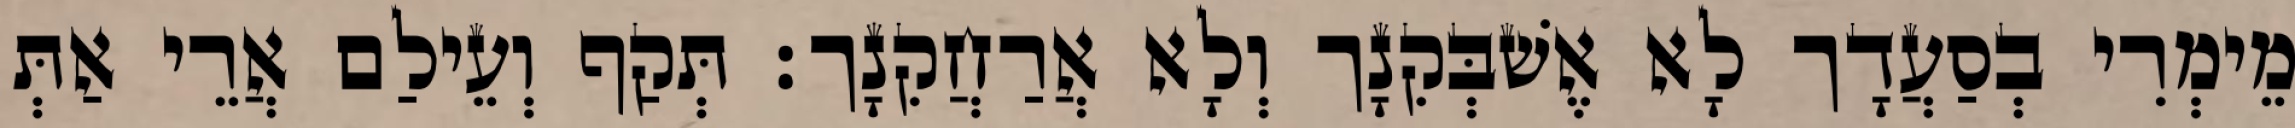
מֵימְרִי בְסַעֲדָך לָא אֶשׁבְּקִנָך וְלָא אֲרַחֲקִנָך׃ תְּקַף וְעֵילַם אֲרֵי אַתְּ